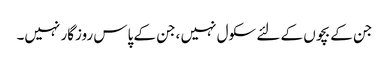
جن کے بچوں کے لئے سکول نہیں ،جن کے پاس روزگار نہیں۔